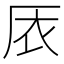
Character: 㕈